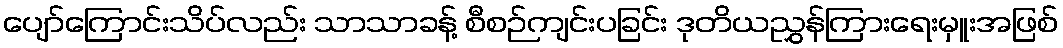
ပျော်ကြောင်းသိပ်လည်း သာသာခန့် စီစဉ်ကျင်းပခြင်း ဒုတိယညွှန်ကြားရေးမှူးအဖြစ်